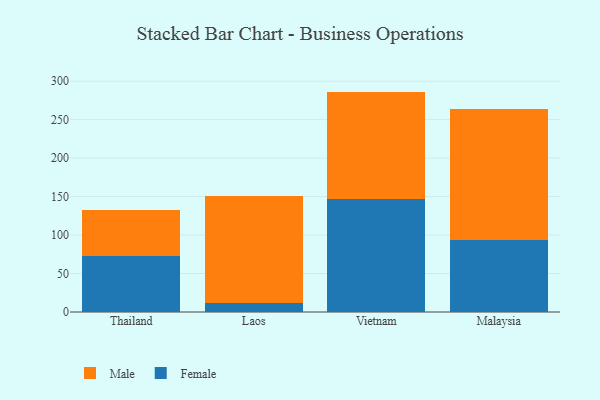
{"axis": {"x": "Country", "y": "Population (Million)"}, "legend": ["Female", "Male"], "data": [{"x": "Thailand", "y": 73.4, "type": "Female"}, {"x": "Thailand", "y": 59.1, "type": "Male"}, {"x": "Laos", "y": 11.3, "type": "Female"}, {"x": "Laos", "y": 139.4, "type": "Male"}, {"x": "Vietnam", "y": 147.2, "type": "Female"}, {"x": "Vietnam", "y": 139.2, "type": "Male"}, {"x": "Malaysia", "y": 93.4, "type": "Female"}, {"x": "Malaysia", "y": 170.9, "type": "Male"}]}